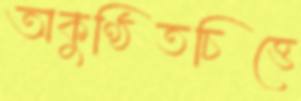
অকুণ্ঠিতচিত্তে